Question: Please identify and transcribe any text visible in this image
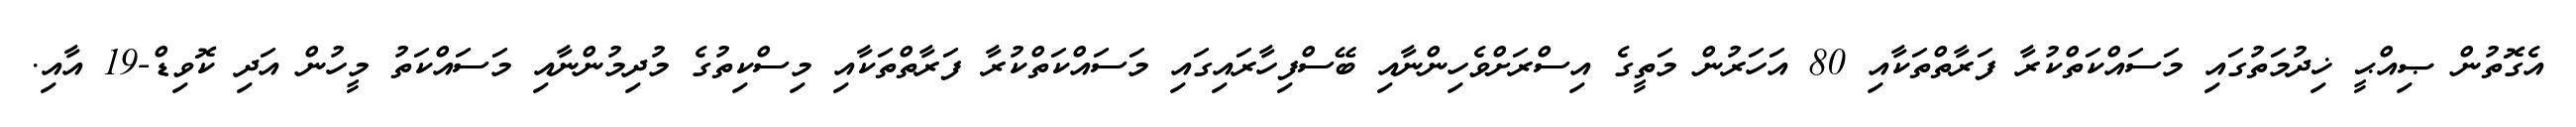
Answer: އެގޮތުން ޞިއްޙީ ޚިދުމަތުގައި މަސައްކަތްކުރާ ފަރާތްތަކާއި 80 އަހަރުން މަތީގެ އިސްރަށްވެހިންނާއި ބޭސްފިހާރައިގައި މަސައްކަތްކުރާ ފަރާތްތަކާއި މިސްކިތުގެ މުދިމުންނާއި މަސައްކަތު މީހުން އަދި ކޮވިޑް-19 އާއި.